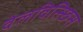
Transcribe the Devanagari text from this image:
वेलवित्स्छिस